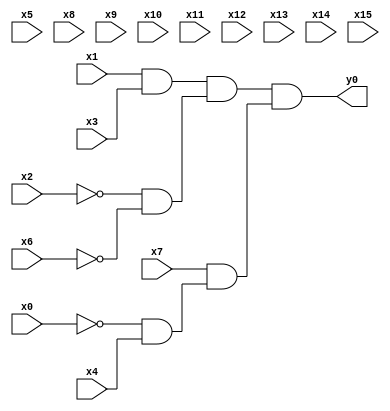
module top( x0 , x1 , x2 , x3 , x4 , x5 , x6 , x7 , x8 , x9 , x10 , x11 , x12 , x13 , x14 , x15 , y0 );
  input x0 , x1 , x2 , x3 , x4 , x5 , x6 , x7 , x8 , x9 , x10 , x11 , x12 , x13 , x14 , x15 ;
  output y0 ;
  wire n17 , n18 , n19 , n20 , n21 , n22 ;
  assign n17 = x1 & x3 ;
  assign n18 = ~x2 & ~x6 ;
  assign n19 = n17 & n18 ;
  assign n20 = ~x0 & x4 ;
  assign n21 = x7 & n20 ;
  assign n22 = n19 & n21 ;
  assign y0 = n22 ;
endmodule